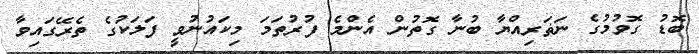
ބޮޑު ގޮވުމުގެ ނަޡަރިއްޔާ ބުނާ ގޮތުން އެންމެ ފުރުތަމަ މިކައުނުވީ ފަލަކުގެ ތެރޭގައިވާ